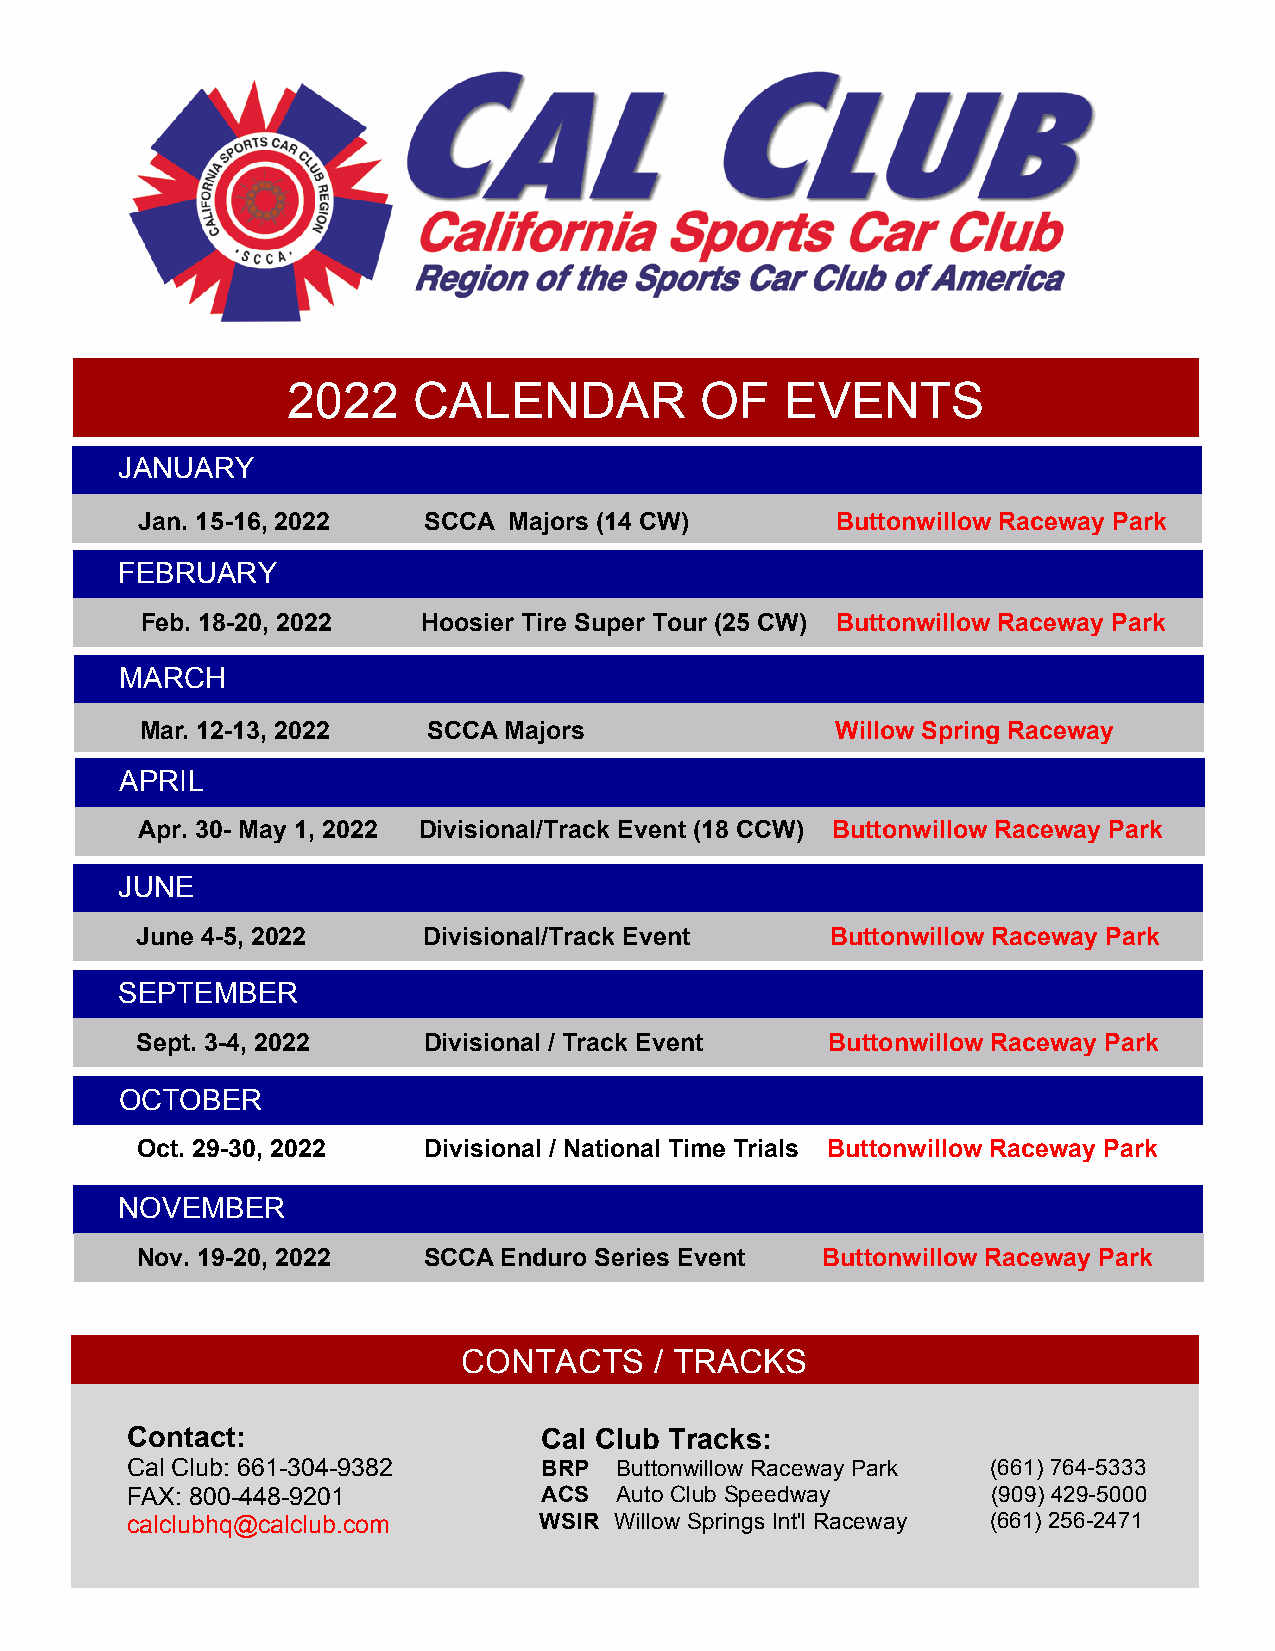
2022    CALENDAR           OF    EVENTS
 JANUARY
 Jan. 15-16, 2022   SCCA  Majors (14 CW)       Buttonwillow Raceway Park
 FEBRUARY
 Feb. 18-20, 2022   Hoosier Tire Super Tour (25 CW) Buttonwillow Raceway Park
 MARCH
 Mar. 12-13, 2022   SCCAMajors                 Willow Spring Raceway
 APRIL
 Apr. 30- May 1, 2022 Divisional/Track Event (18 CCW) Buttonwillow Raceway Park
 JUNE
 June 4-5, 2022     Divisional/Track Event     Buttonwillow Raceway Park
 SEPTEMBER
 Sept. 3-4, 2022    Divisional / Track Event   Buttonwillow Raceway Park
 NOOCVTEOMBEBRER
 Oct. 29-30, 2022   Divisional / National Time Trials Buttonwillow Raceway Park
 NNOOVVEEMMBBEERR
 Nov. 19-20, 2022   SCCAEnduro Series Event   Buttonwillow Raceway Park
 CONTACTS    / TRACKS
 Contact:                    Cal Club Tracks:
 Cal Club: 661-304-9382      BRP  Buttonwillow Raceway Park (661) 764-5333
 FAX: 800-448-9201           ACS  Auto Club Speedway       (909) 429-5000
 calclubhq@calclub.com       WSIR Willow Springs Int'l Raceway (661) 256-2471